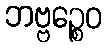
ဘဗ္ဗဉ္စေဝ